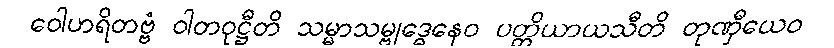
ဝေါဟရိတဗ္ဗံ ဝါတဝုဋ္ဌီတိ သမ္မာသမ္ဗုဒ္ဓေနေဝ ပတ္တိယာယသီတိ တုဏှီယေဝ